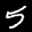
Label: 5